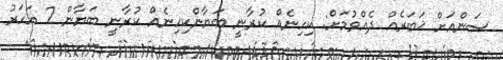
ސަންއަށް ޚަބަރެއް ދެއްވުމަށް: ކިހިނެއް ކުރާނީ ބަޔާންކިހިނެއް ކުރާނީ ބަޔާން 2 އަހަރު